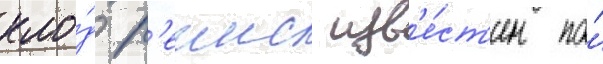
кло́д р'еинс изв'е́ст'ен по́